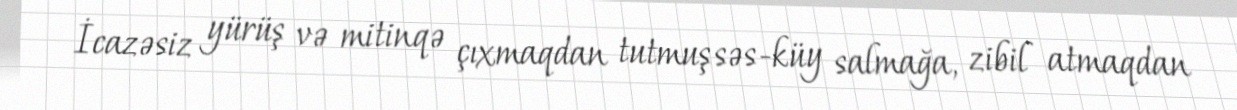
İcazəsiz yürüş və mitinqə çıxmaqdan tutmuş səs-küy salmağa, zibil atmaqdan